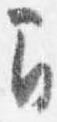
間